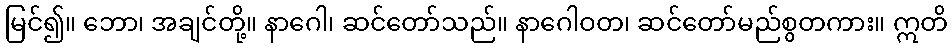
မြင်၍။ ဘော၊ အချင်တို့။ နာဂေါ၊ ဆင်တော်သည်။ နာဂေါဝတ၊ ဆင်တော်မည်စွတကား။ ဣတိ